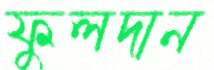
ফুলদান